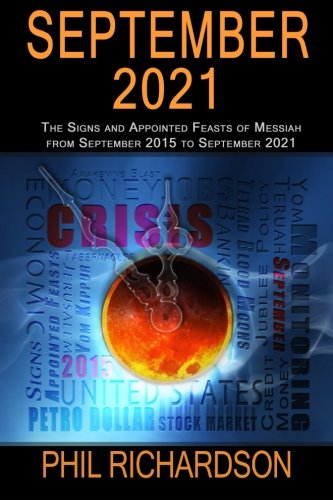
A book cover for September 2021: The Signs and Appointed Feasts of Messiah from September 2015 to September 2021; Phil Richardson; Christian Books & Bibles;